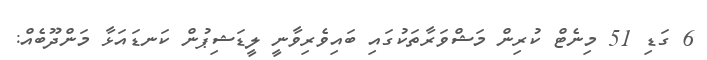
6 ގަޑި 51 މިނެޓް ކުރިން މަޝްވަރާތަކުގައި ބައިވެރިވާނީ ލީޑަޝިޕުން ކަނޑައަޅާ މަންދޫބެއް: